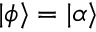
\mathinner { | { \phi } \rangle } = \mathinner { | { \alpha } \rangle }